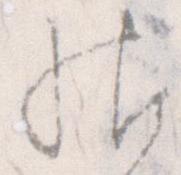
帖